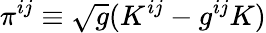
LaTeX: \pi^{ij}\equiv\sqrt{g}(K^{ij}-g^{ij}K)